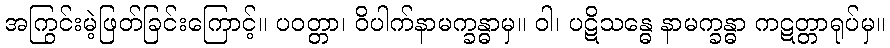
အကြွင်းမဲ့ဖြတ်ခြင်းကြောင့်။ ပဝတ္တာ၊ ဝိပါက်နာမက္ခန္ဓာမှ။ ဝါ၊ ပဋိသန္ဓေ နာမက္ခန္ဓာ ကဋတ္တာရုပ်မှ။